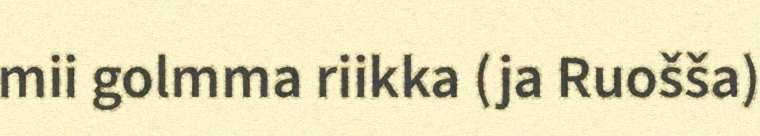
mii golmma riikka (ja Ruošša)